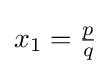
\textstyle x_{1}={\frac {p}{q}}